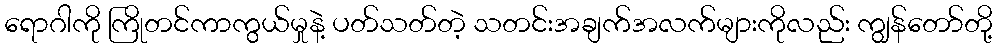
ရောဂါကို ကြိုတင်ကာကွယ်မှုနဲ့ ပတ်သတ်တဲ့ သတင်းအချက်အလက်များကိုလည်း ကျွန်တော်တို့